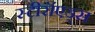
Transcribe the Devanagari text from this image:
स्टीरॉएड्स